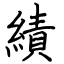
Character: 績